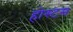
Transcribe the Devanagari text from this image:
होस्टस